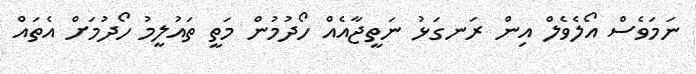
ނަމަވެސް އޯލެވެލް އިން ރަނގަޅު ނަތީޖާއެއް ހޯދުމުން މަތީ ތައުލީމު ހޯދުމަށް އެތައް